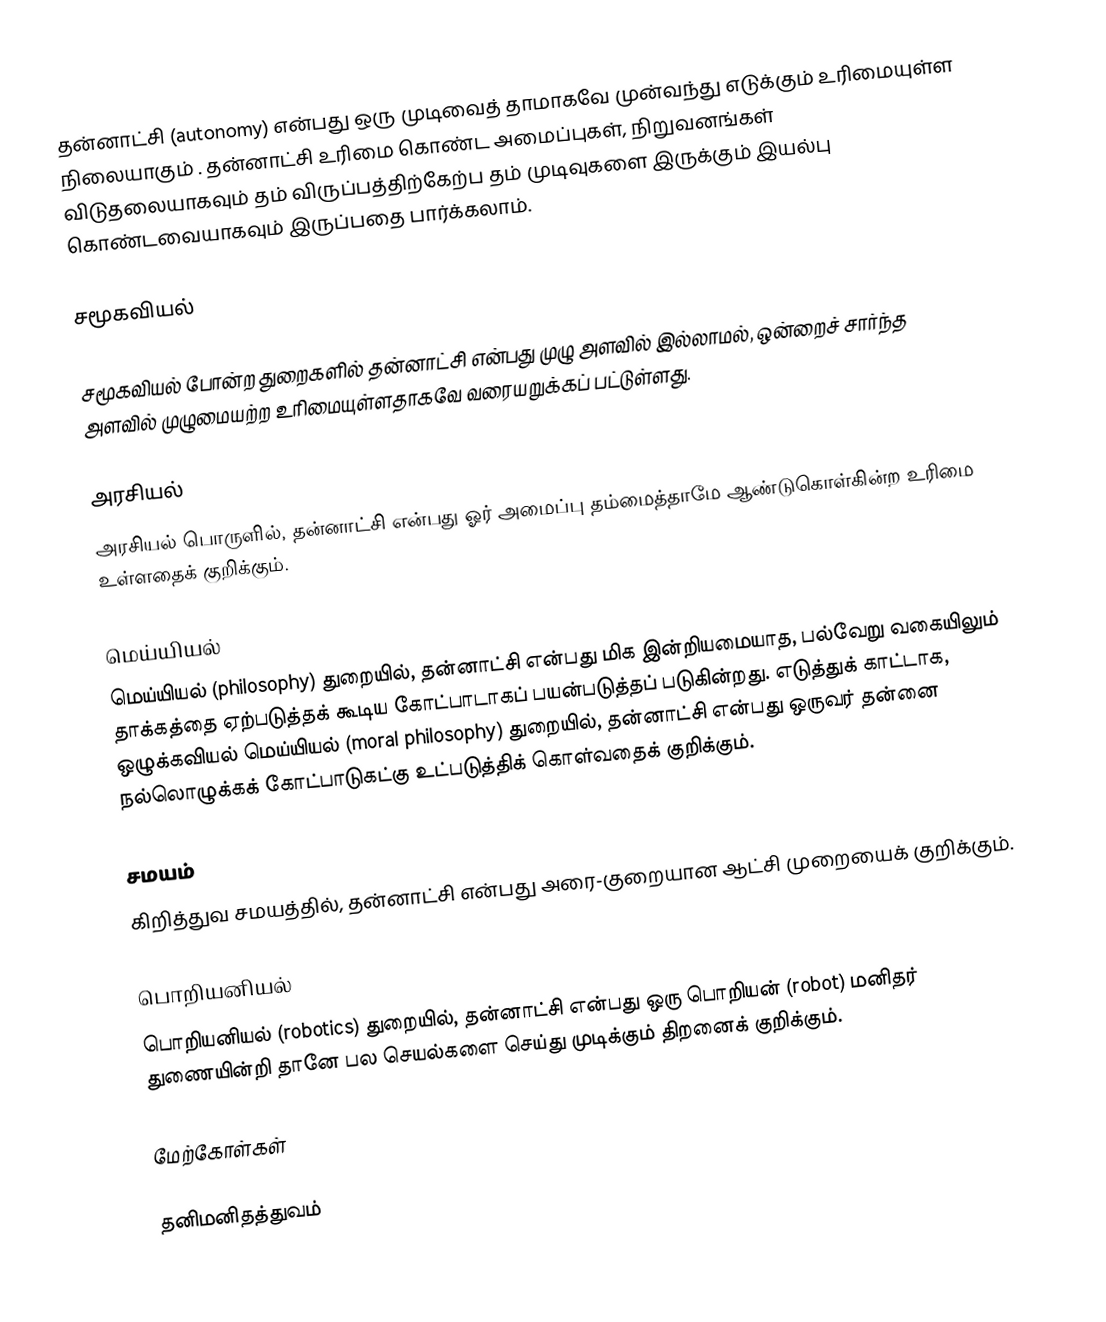
தன்னாட்சி (autonomy) என்பது ஒரு முடிவைத்  தாமாகவே முன்வந்து எடுக்கும் உரிமையுள்ள நிலையாகும்  . தன்னாட்சி உரிமை  கொண்ட அமைப்புகள், நிறுவனங்கள்  விடுதலையாகவும் தம் விருப்பத்திற்கேற்ப தம் முடிவுகளை இருக்கும் இயல்பு கொண்டவையாகவும் இருப்பதை பார்க்கலாம்.

சமூகவியல்

சமூகவியல் போன்ற துறைகளில் தன்னாட்சி என்பது  முழு அளவில் இல்லாமல், ஒன்றைச் சார்ந்த அளவில் முழுமையற்ற  உரிமையுள்ளதாகவே வரையறுக்கப் பட்டுள்ளது.

அரசியல்
அரசியல் பொருளில், தன்னாட்சி என்பது  ஓர் அமைப்பு தம்மைத்தாமே ஆண்டுகொள்கின்ற உரிமை உள்ளதைக் குறிக்கும்.

மெய்யியல்
மெய்யியல் (philosophy) துறையில், தன்னாட்சி என்பது மிக இன்றியமையாத, பல்வேறு வகையிலும் தாக்கத்தை ஏற்படுத்தக் கூடிய கோட்பாடாகப்  பயன்படுத்தப் படுகின்றது. எடுத்துக் காட்டாக, ஒழுக்கவியல் மெய்யியல் (moral philosophy) துறையில், தன்னாட்சி என்பது ஒருவர் தன்னை நல்லொழுக்கக் கோட்பாடுகட்கு உட்படுத்திக்  கொள்வதைக்  குறிக்கும்.

சமயம்
கிறித்துவ சமயத்தில், தன்னாட்சி என்பது அரை-குறையான ஆட்சி முறையைக் குறிக்கும்.

பொறியனியல்
பொறியனியல் (robotics) துறையில், தன்னாட்சி என்பது ஒரு பொறியன்  (robot) மனிதர் துணையின்றி தானே  பல செயல்களை செய்து முடிக்கும் திறனைக்  குறிக்கும்.

மேற்கோள்கள்

தனிமனிதத்துவம்